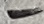
Text: -